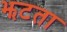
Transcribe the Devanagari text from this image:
झटता